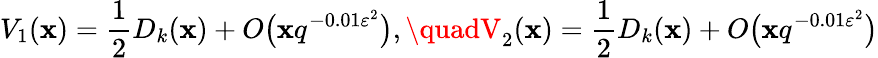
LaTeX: V_{1}(\mathbf{x})={\frac{{1}}{{2}}}D_{k}(\mathbf{x})+O{\bigl(}\mathbf{x}q^{-0.01\varepsilon^{2}}{\bigr)},\quadV_{2}(\mathbf{x})={\frac{{1}}{{2}}}D_{k}(\mathbf{x})+O{\bigl(}\mathbf{x}q^{-0.01\varepsilon^{2}}{\bigr)}